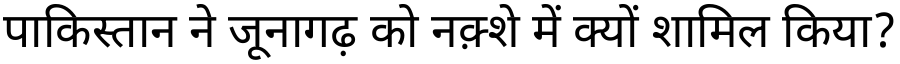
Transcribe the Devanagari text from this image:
पाकिस्तान ने जूनागढ़ को नक़्शे में क्यों शामिल किया?